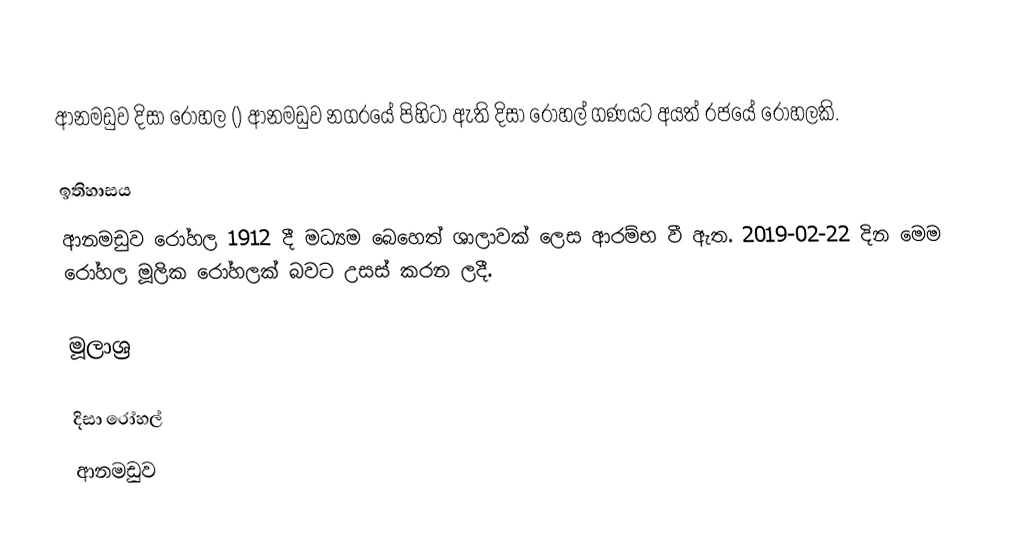
ආනමඩුව දිසා රෝහල () ආනමඩුව නගරයේ පිහිටා ඇති දිසා රෝහල් ගණයට අයත් රජයේ රෝහලකි.

ඉතිහාසය
ආනමඩුව රෝහල 1912 දී මධ්‍යම බෙහෙත් ශාලාවක් ලෙස ආරම්භ වී ඇත. 2019-02-22 දින මෙම රෝහල මූලික රෝහලක් බවට උසස් කරන ලදී.

මූලාශ්‍ර

දිසා රෝහල්
ආනමඩුව